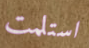
استلمت